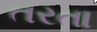
તરતા